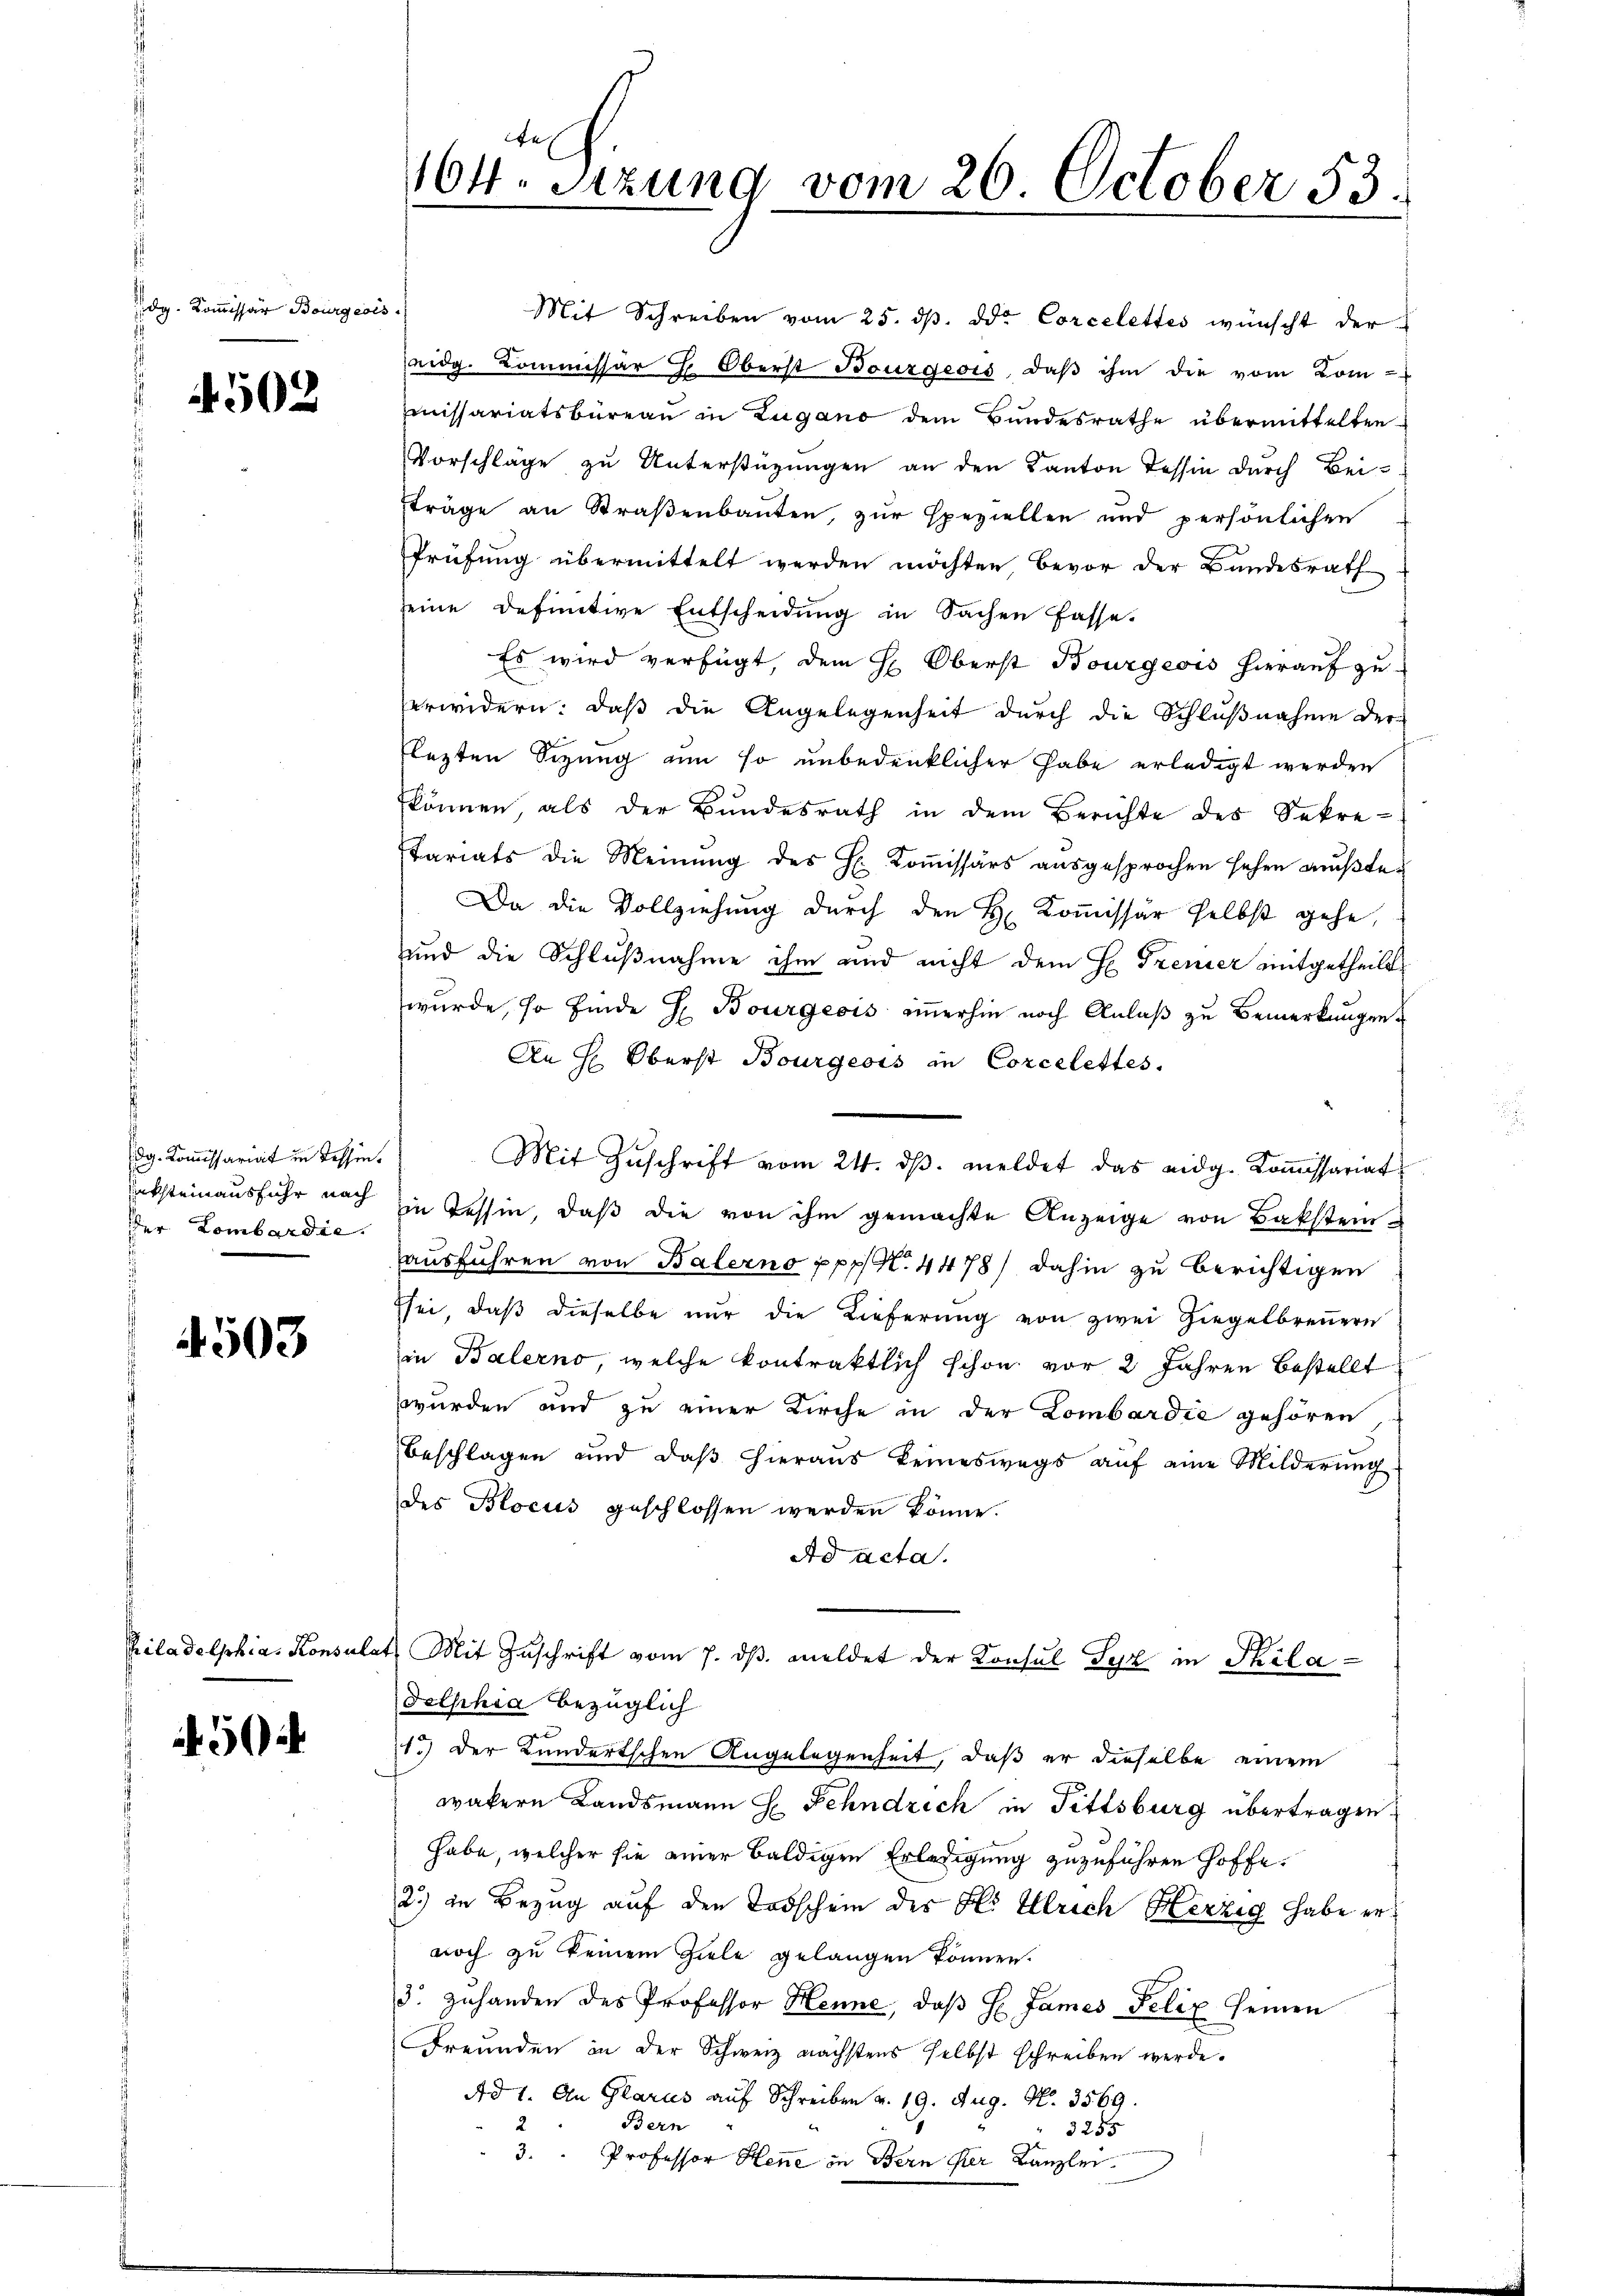
dg. Kommissär Bourgeois

4502

dg. Kommissariat in Tessiniksteinausfuhr nach
der Lombardie

4503

hiladelphias Konsul

504

r
164. Sitzung vom 26. October 53.

Mit Schreiben vom 25. dβ. ddo. Corcelettes wünscht der
eidg. Kommissär H. Oberst Bourgeois, daβ ihm die vom Kom-
iissariatsbüreau in Zugano dem Bundesrathe übermittelten
Vorschlage zu Unterstüzungen an den Kanton Tessin durch Bei-
träge an Straßenbauten, zur speziellen und persönlichen
Prüfung übermittelt werden möchten bevor der Bundesrath
seine definitive Entscheidung in Sachen fasse.
Es wird verfügt, dem H. Oberst Bourgeois hierauf zu-
erwidern: daß die Angelegenheit durch die Schlußnahme der
lezten Sizung um so unbedenklicher habe erledigt werden
können, als der Bundesrath in dem Berichte des Sekre-
tariats die Meinŭng des H. Koṁissärs aŭsgesprochen sehen mŭβte.
Da die Vollziehung durch den H. Kommissär selbst gehe,
und die Schlußnahme ihm und nicht dem H. Trenier mitgetheilt.
wurde, so finde H. Bourgeois immerhin noch Anlaß zu Bemerkungen
An H. Oberst Bourgeois in Corcelettes.
Mit Zŭschrift vom 24. dβ. meldet das eidg. Koṁissariat
in Tessin, daß die von ihm gemachte Anzeige von Backsteinausführen von Balerno ppp N. 4478) dahin zu berichtigen
sei, daß dieselbe nur die Lieferung von zwei Ziegelbrennern
in Balerno, welche kontraktlich schon vor 2 Jahren bestellt
wurden und zu einer Kirche in der Lombardić gehören
Beschlagen und daß hieraus keineswegs aŭf eine Milderung.
des Blocus geschlossen werden könne.
Ad acta.
Mit Zuschrift vom 7. dβ meldet der Konsul Syz in Skiladelphia bezüglich
1.) Der Kundertschen Angelegenheit, daß er dieselbe einem
wakern Landsmann H. Schndrich in Fittsburg übertragen.
habe, welcher sie einer baldigen Erledigung zuzuführen hoffe.
2) in Bezug auf den Todschein des H. Ulrich Herzig habe ernoch zu keinem Ziele gelangen können.
3. zuhanden des Professor Henne, daβ H James Felix seinen
Freunden in der Schweiz nächstens selbst schreiben werde.
Ad 1. An Glarus auf Schreiben v. 19. Aug. N. 3569.
Bern
3255
3. Professor Hene in Bern der Kanzlei.